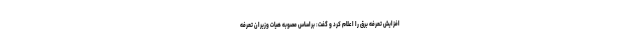
افزایش تعرفه برق را اعلام کرد و گفت: براساس مصوبه هیات وزیران تعرفه